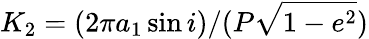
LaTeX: K_{2}=(2\pi a_{1}\sin i)/(P\sqrt{1-e^{2}})